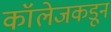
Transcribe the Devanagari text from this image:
कॉलेजकडून